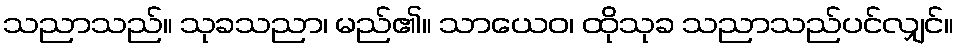
သညာသည်။ သုခသညာ၊ မည်၏။ သာယေဝ၊ ထိုသုခ သညာသည်ပင်လျှင်။